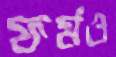
ফর্মও